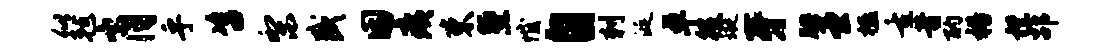
似毡肖乎咨梨盛困痍束堕憾自刺涎卓役璇牙腆堂楹重昔酌裕襟劭